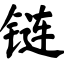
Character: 链